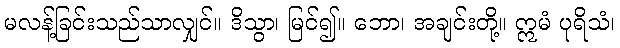
မလန့်ခြင်းသည်သာလျှင်။ ဒိသွာ၊ မြင်၍။ ဘော၊ အချင်းတို့။ ဣမံ ပုရိသံ၊